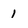
Character: 1